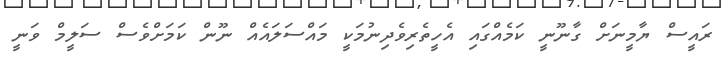
ރައީސް ޔާމީނަށް ގާނޫނީ ކަމެއްގައި އެހީތެރިވެދިނުމަކީ މައްސަލައެއް ނޫން ކަމަށްވެސް ސަލީމް ވަނީ